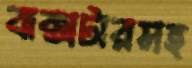
বাক্সটারসহ